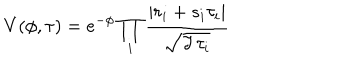
V ( \phi , \tau ) = e ^ { - \phi } \prod _ { i } \frac { | r _ { i } + s _ { i } \tau _ { i } | } { \sqrt { \Im \, \tau _ { i } } }